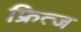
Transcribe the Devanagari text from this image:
फ्रित्ज